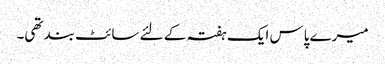
میرے پاس ایک ہفتہ کے لئے سائٹ بند تھی۔